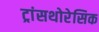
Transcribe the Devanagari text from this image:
ट्रांसथोरेसिक